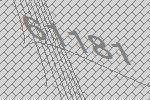
61181